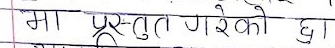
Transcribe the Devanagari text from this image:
मा प्रस्तुत गरेको छ